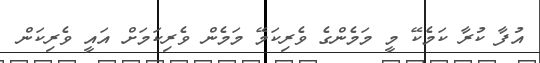
އުފާ ކުރާ ކަމެކޭ މީ މަމެންގެ ވެރިކަމޭ މަމެން ވެރިކަމަށް އައީ ވެރިކަން